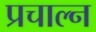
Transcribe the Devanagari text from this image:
प्रचाल्न